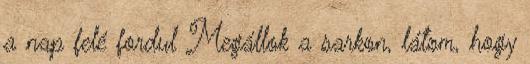
a nap felé fordul Megállok a sarkon, látom, hogy